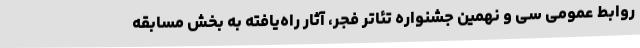
روابط عمومی سی و نهمین جشنواره تئاتر فجر، آثار راه‌یافته به بخش مسابقه